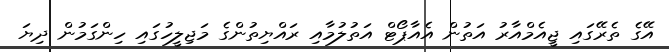
އޭގެ ތެރޭގައި ޖީއެމްއާރު އަތުން އެއާޕޯޓް އަތުލުމާއި ރައްޔިތުންގެ މަޖިލީހުގައި ހިންގަމުން ދިޔަ